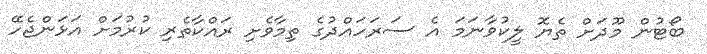
ބޯޓުން މޫދަށް ތެޔޮ ލީކުވާނަމަ އެ ސަރަހައްދުގެ ތިމާވެށި ރައްކާތެރި ކުުރުމަށް އަޅަންޖެހޭ